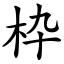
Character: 枠